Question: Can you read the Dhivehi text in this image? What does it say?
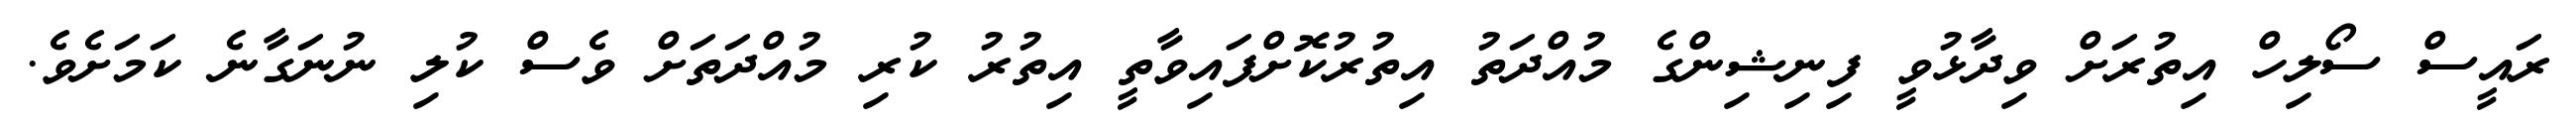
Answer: ރައީސް ސޯލިހް އިތުރަށް ވިދާޅުވީ ފިނިޝިންގެ މުއްދަތު އިތުރުކޮށްފައިވާތީ އިތުރު ކުރި މުއްދަތަށް ވެސް ކުލި ނުނަގާނެ ކަމަށެވެ.